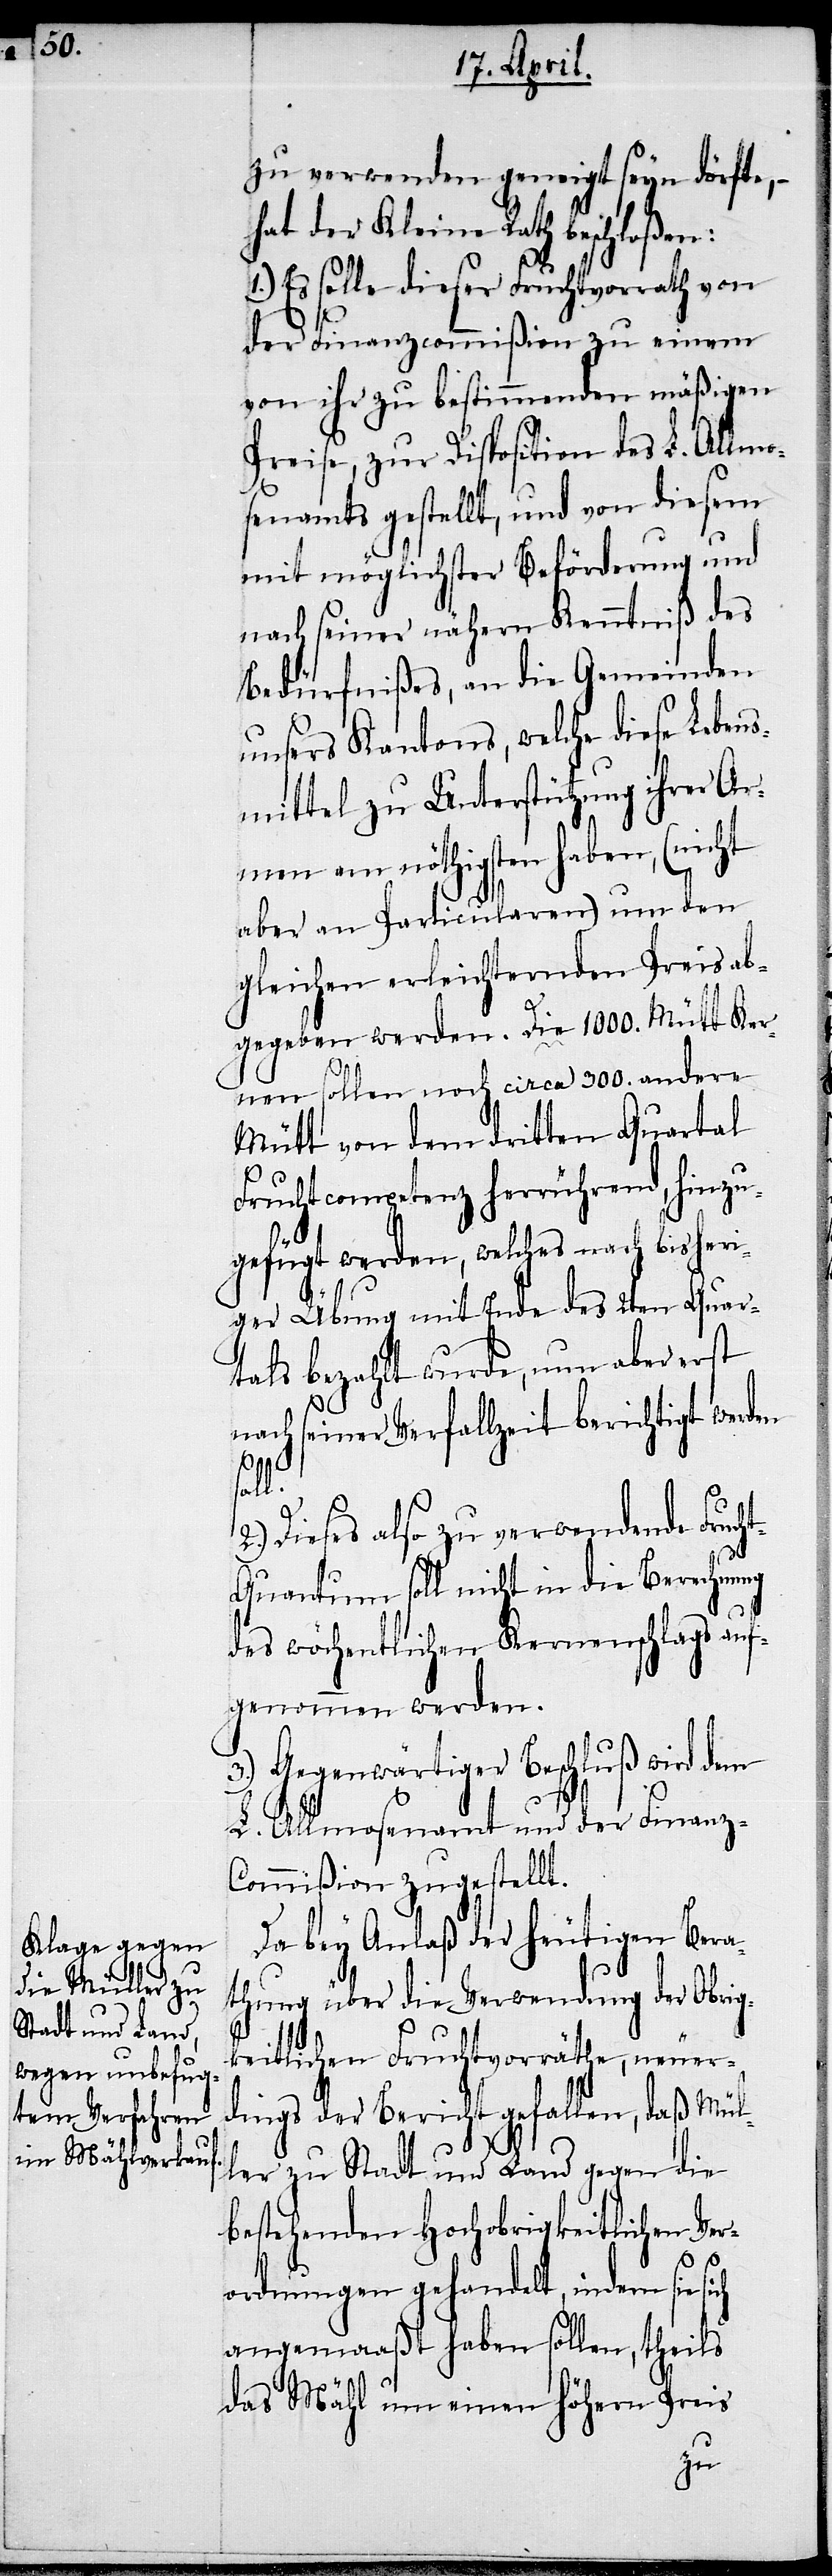
zu verwenden geneigt seyn dörfte,
hat der Kleine Rath beschloßen:
1.) Es solle dieser Fruchtvorrath von
ch
der Finanzcommißion zu einem
von ihr zu bestimmenden mäßigen
Preise, zur Disposition des L. Allmo¬
senamts gestellt, und von diesem
mit möglichster Beförderung und
nach seiner nähern Kenntniß des
Bedürfnißes, an die Gemeinden
unsers Kantons, welche diese Lebens¬
mittel zu Unterstützung ihrer Ar¬
men am nöthigsten haben, (nicht
aber an Particularen) um den
gleichen erleichternden Preis ab¬
gegeben werden. Die [recte: Den]
nen sollen noch circa 300. andere
Mütt von dem dritten Quartal
Fruchtcompetenz herrührend, hinzu¬
gefügt werden, welches nach bisheri¬
ger Übung mit Ende des 2ten Quar¬
tals bezahlt wurde, nun aber erst
nach seiner Verfallzeit berichtigt werden
1000.
soll.
Dieses also zu verwendende Fruch¬
t-Quantum soll nicht in die Berechnung
des wöchentlichen Kernenschlags auf¬
genommen werden.
3.) Gegenwärtiger Beschluß wird dem
L. Allmosenamt und der Finanz-C¬
ommißion zugestellt.
Da bey Anlaß der heutigen Bera¬
thung über die Verwendung der Obrig¬
keitlichen Fruchtvorräthe, neuer¬
dings der Bericht gefallen, daß Mül¬
ler zu Stadt und Land gegen die
bestehenden Hochobrigkeitlichen Ver¬
ordnungen gehandelt, indem sie si¬
angemaaßt haben sollen, theils
das Mähl um einen höhern Preis